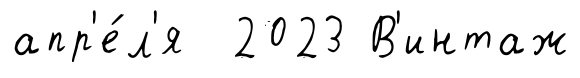
апр'е́л'я 2023 В'интаж